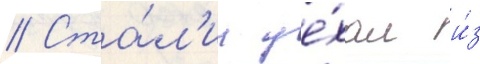
// Ста́л'ин уе́хал и́з